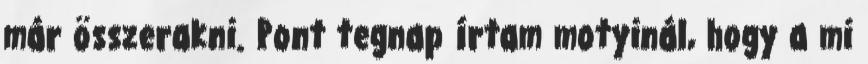
már összerakni. Pont tegnap írtam motyinál, hogy a mi